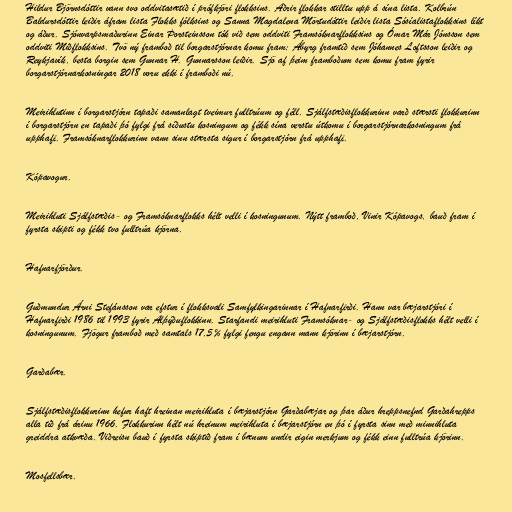
Hildur Björnsdóttir vann svo oddvitasætið í prófkjöri flokksins. Aðrir flokkar stilltu upp á sína lista. Kolbrún
Baldursdóttir leiðir áfram lista Flokks fólksins og Sanna Magdalena Mörtudóttir leiðir lista Sósíalistaflokksins líkt
og áður. Sjónvarpsmaðurinn Einar Þorsteinsson tók við sem oddviti Framsóknarflokksins og Ómar Már Jónsson sem
oddviti Miðflokksins. Tvö ný framboð til borgarstjórnar komu fram; Ábyrg framtíð sem Jóhannes Loftsson leiðir og
Reykjavík, besta borgin sem Gunnar H. Gunnarsson leiðir. Sjö af þeim framboðum sem komu fram fyrir
borgarstjórnarkosningar 2018 voru ekki í framboði nú.

Meirihlutinn í borgarstjórn tapaði samanlagt tveimur fulltrúum og féll. Sjálfstæðisflokkurinn varð stærsti flokkurinn
í borgarstjórn en tapaði þó fylgi frá síðustu kosningum og fékk sína verstu útkomu í borgarstjórnarkosningum frá
upphafi. Framsóknarflokkurinn vann sinn stærsta sigur í borgarstjórn frá upphafi.

Kópavogur.

Meirihluti Sjálfstæðis- og Framsóknarflokks hélt velli í kosningunum. Nýtt framboð, Vinir Kópavogs, bauð fram í
fyrsta skipti og fékk tvo fulltrúa kjörna.

Hafnarfjörður.

Guðmundur Árni Stefánsson var efstur í flokksvali Samfylkingarinnar í Hafnarfirði. Hann var bæjarstjóri í
Hafnarfirði 1986 til 1993 fyrir Alþýðuflokkinn. Starfandi meirihluti Framsóknar- og Sjálfstæðisflokks hélt velli í
kosningunum. Fjögur framboð með samtals 17,5% fylgi fengu engann mann kjörinn í bæjarstjórn.

Garðabær.

Sjálfstæðisflokkurinn hefur haft hreinan meirihluta í bæjarstjórn Garðabæjar og þar áður hreppsnefnd Garðahrepps
alla tíð frá árinu 1966. Flokkurinn hélt nú hreinum meirihluta í bæjarstjórn en þó í fyrsta sinn með minnihluta
greiddra atkvæða. Viðreisn bauð í fyrsta skiptið fram í bænum undir eigin merkjum og fékk einn fulltrúa kjörinn.

Mosfellsbær.